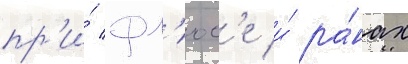
пр'и́ фл'юс'е и́ ра́нах